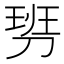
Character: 𠞢